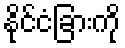
နိုင်ငံခြားကို